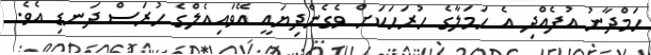
ހަމްދާނު އުފެއްދި އެ ހަމަލާގެ ހުރަހަކަށް ވެގެންދިޔައީ އޭވައިއެލްގެ ހުރަސް ދަނޑި އެވެ.